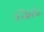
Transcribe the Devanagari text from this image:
४२७४८